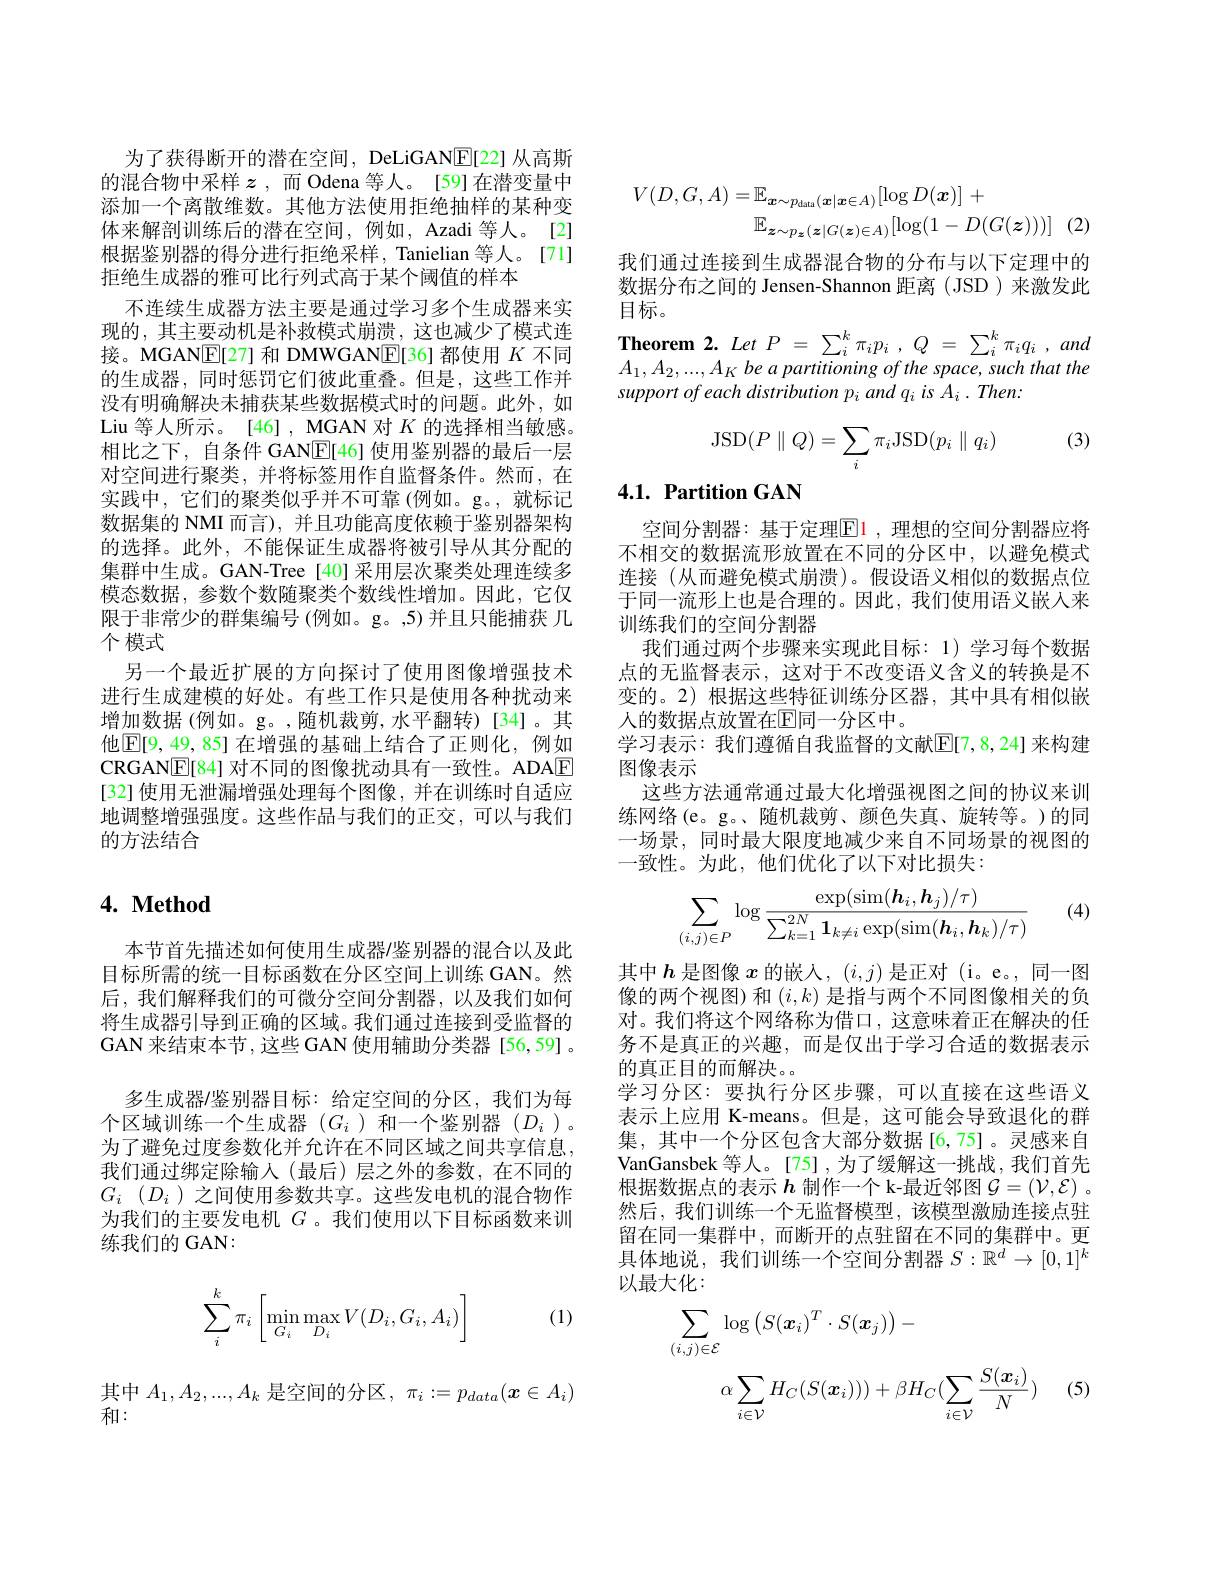
为了获得断开的潜在空间，DeLiGANE[22] 从高斯的混合物中采样$z$ ,而 Odena 等人。[59]在潜变量中添加一个离散维数。其他方法使用拒绝抽样的某种变体来解剖训练后的潜在空间，例如，Azadi 等人。[2] 根据鉴别器的得分进行拒绝采样，Tanielian 等人。[71] 拒绝生成器的雅可比行列式高于某个阈值的样本
不连续生成器方法主要是通过学习多个生成器来实现的，其主要动机是补救模式崩溃，这也减少了模式连接。MGAN$\boxed{\mathrm{E}}[27]$和 DMWGAN$\boxed{\mathrm{E}}[36]$都使用$K$不同的生成器，同时惩罚它们彼此重叠。但是，这些工作并没有明确解决未捕获某些数据模式时的问题。此外，如Liu 等人所示。[46] , MGAN 对$K$的选择相当敏感。相比之下，自条件 GAN$\underline{\mathrm{E}}[46]$使用鉴别器的最后一层对空间进行聚类，并将标签用作自监督条件。然而，在实践中，它们的聚类似乎并不可靠 (例如。g。,就标记数据集的 NMI 而言), 并且功能高度依赖于鉴别器架构的选择。此外，不能保证生成器将被引导从其分配的集群中生成。GAN-Tree[40]采用层次聚类处理连续多模态数据，参数个数随聚类个数线性增加。因此，它仅限于非常少的群集编号(例如。g。,5) 并且只能捕获 几个模式
另一个最近扩展的方向探讨了使用图像增强技术进行生成建模的好处。有些工作只是使用各种扰动来增加数据(例如。g。,随机裁剪，水平翻转)[34]。其他$\boxed{\mathbb{E}[9,49,85]\text{ 在增强的基础上结合了正则化，例如}}$ CRGAN$\underline{\mathrm{E}}[84]$对不同的图像扰动具有一致性。ADA$\underline{\mathrm{E}}$ [32] 使用无泄漏增强处理每个图像，并在训练时自适应地调整增强强度。这些作品与我们的正交，可以与我们的方法结合

## 4. Method

本节首先描述如何使用生成器/鉴别器的混合以及此目标所需的统一目标函数在分区空间上训练 GAN。然后，我们解释我们的可微分空间分割器，以及我们如何将生成器引导到正确的区域。我们通过连接到受监督的GAN 来结束本节 ,这些 GAN 使用辅助分类器 [56,59] 。
多生成器/鉴别器目标：给定空间的分区，我们为每个区域训练一个生成器$(G_i$ )和一个鉴别器$(D_i)$。为了避免过度参数化并允许在不同区域之间共享信息， 我们通过绑定除输入(最后)层之外的参数，在不同的$G_{i}$ $( D_{i}$ )之间使用参数共享。这些发电机的混合物作为我们的主要发电机$G$ 。我们使用以下目标函数来训练我们的 GAN:
$$\displaystyle\sum_i^k\pi_i\left[\min_{G_i}\max_{D_i}V(D_i,G_i,A_i)\right]$$
(1)

其中$A_1,A_2,...,A_k$是空间的分区$,\pi_i:=p_data(\boldsymbol{x}\in A_i)$
和：
$$\begin{aligned}V(D,G,A)&=\mathbb{E}_{\boldsymbol{x}\sim p_{\mathrm{data}}(\boldsymbol{x}|\boldsymbol{x}\in A)}[\log D(\boldsymbol{x})]\:+\\&\mathbb{E}_{\boldsymbol{z}\sim p_{\boldsymbol{z}}(\boldsymbol{z}|G(\boldsymbol{z})\in A)}[\log(1-D(G(\boldsymbol{z})))]\end{aligned}$$
我们通过连接到生成器混合物的分布与以下定理中的数据分布之间的 Jensen-Shannon 距离 (JSD ) 来激发此目标。
$\textbf{Theorem 2. Let P = }\sum _{i}^{k}\pi _{i}p_{i}$ , $Q$ = $\sum _{i}^{k}\pi _{i}q_{i}$ , and

$A_1, A_2, . . . , A_K\textit{ be a partitioning of the space, such that the}$
support of each distribution pi and qi is Ai . Then:

(3)
$$\mathrm{JSD}(P\parallel Q)=\sum_i\pi_i\mathrm{JSD}(p_i\parallel q_i)$$
## 4.1. Partition GAN

空间分割器：基于定理$\color{red}{\mathrm{E}}\color{blue}{\mathrm{1,}}$理想的空间分割器应将不相交的数据流形放置在不同的分区中，以避免模式连接(从而避免模式崩溃)。假设语义相似的数据点位于同一流形上也是合理的。因此，我们使用语义嵌人来训练我们的空间分割器
我们通过两个步骤来实现此目标：1)学习每个数据点的无监督表示，这对于不改变语义含义的转换是不变的。2)根据这些特征训练分区器，其中具有相似嵌人的数据点放置在$\mathbb{E}$同一分区中。
学习表示：我们遵循自我监督的文献$\mathbb{E}[7,8,24]$ 来构建
图像表示
这些方法通常通过最大化增强视图之间的协议来训练网络(e。g。、随机裁剪、颜色失真、旋转等。)的同一场景、同时最大限度地减少来自不同场景的视图的一致性。为此，他们优化了以下对比损失：

(4)
$$\displaystyle\sum_{(i,j)\in P}\log\frac{\exp(\sin(\boldsymbol{h}_i,\boldsymbol{h}_j)/\tau)}{\sum_{k=1}^{2N}\mathbf{1}_{k\neq i}\exp(\sin(\boldsymbol{h}_i,\boldsymbol{h}_k)/\tau)}$$
其中$h$是图像$x$的嵌入，$(i,j)$是正对(i。e。,同一图像的两个视图)和$(i,k)$是指与两个不同图像相关的负对。我们将这个网络称为借口，这意味着正在解决的任务不是真正的兴趣，而是仅出于学习合适的数据表示的真正目的而解决。。
学习分区：要执行分区步骤，可以直接在这些语义表示上应用 K-means。但是，这可能会导致退化的群集，其中一个分区包含大部分数据[6,75]。灵感来自VanGansbek 等人。[75] ,为了缓解这一挑战，我们首先根据数据点的表示$h$制作一个 k-最近邻图$\mathcal{G}=(\mathcal{V},\mathcal{E})$ 。然后，我们训练一个无监督模型，该模型激励连接点驻留在同一集群中，而断开的点驻留在不同的集群中。更具体地说，我们训练一个空间分割器$S:\mathbb{R}^d\to[0,1]^k$ 以最大化：
$$\sum_{(i,j)\in\mathcal{E}}\log\left(S(\boldsymbol{x}_{i})^{T}\cdot S(\boldsymbol{x}_{j})\right)-\\\alpha\sum_{i\in\mathcal{V}}H_{C}(S(\boldsymbol{x}_{i})))+\beta H_{C}(\sum_{i\in\mathcal{V}}\frac{S(\boldsymbol{x}_{i})}{N})$$
(5)